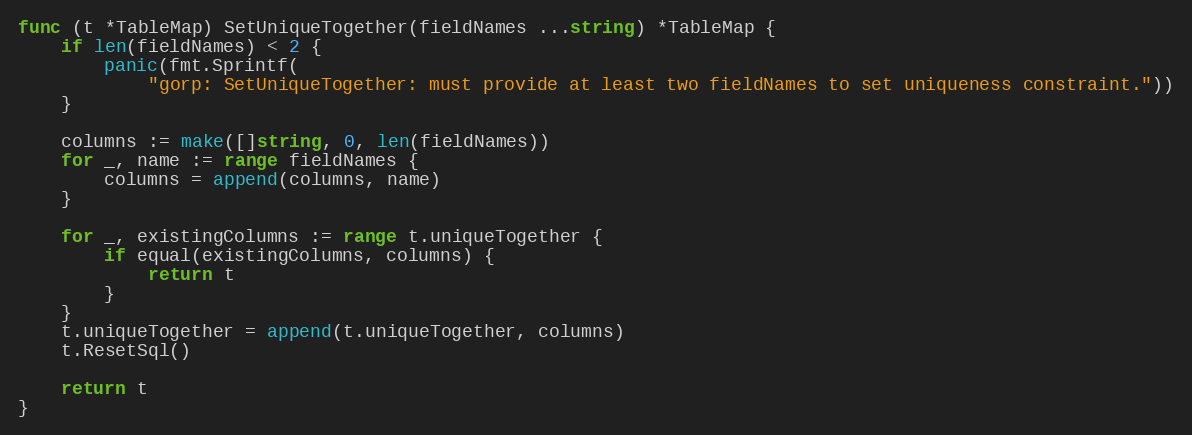
Language: Go
func (t *TableMap) SetUniqueTogether(fieldNames ...string) *TableMap {
	if len(fieldNames) < 2 {
		panic(fmt.Sprintf(
			"gorp: SetUniqueTogether: must provide at least two fieldNames to set uniqueness constraint."))
	}

	columns := make([]string, 0, len(fieldNames))
	for _, name := range fieldNames {
		columns = append(columns, name)
	}

	for _, existingColumns := range t.uniqueTogether {
		if equal(existingColumns, columns) {
			return t
		}
	}
	t.uniqueTogether = append(t.uniqueTogether, columns)
	t.ResetSql()

	return t
}